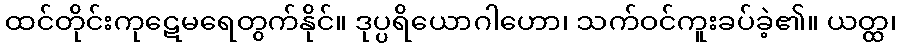
ထင်တိုင်းကုဋေမရေတွက်နိုင်။ ဒုပ္ပရိယောဂါဟော၊ သက်ဝင်ကူးခပ်ခဲ့၏။ ယတ္ထ၊